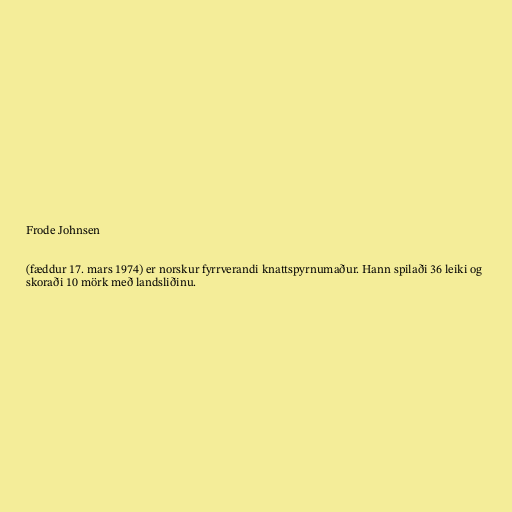
Frode Johnsen

(fæddur 17. mars 1974) er norskur fyrrverandi knattspyrnumaður. Hann spilaði 36 leiki og
skoraði 10 mörk með landsliðinu.